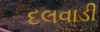
દલવાડી